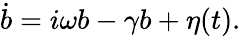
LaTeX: \dot{b}=i\omega b-\gamma b+\eta(t).